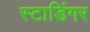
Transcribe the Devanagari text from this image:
स्टाडिंगर